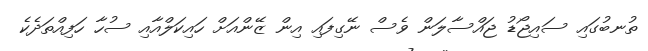
ތުނބުގައި ސައިޖޯޑު ޖައްސާލަން ވެސް ނޭގިފައި އިން ޒޭންއަށް ހައިކަލްއާއި ސުހާ ހަފިއްތަދެކެ